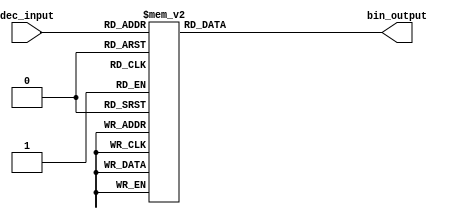
module decimal_to_binary_encoder (
    input  wire [3:0] dec_input,  // 4-bit decimal input (0 to 9)
    output reg  [3:0] bin_output   // 4-bit binary output
);

    always @(*) begin
        case (dec_input)
            4'b0000: bin_output = 4'b0000; // 0
            4'b0001: bin_output = 4'b0001; // 1
            4'b0010: bin_output = 4'b0010; // 2
            4'b0011: bin_output = 4'b0011; // 3
            4'b0100: bin_output = 4'b0100; // 4
            4'b0101: bin_output = 4'b0101; // 5
            4'b0110: bin_output = 4'b0110; // 6
            4'b0111: bin_output = 4'b0111; // 7
            4'b1000: bin_output = 4'b1000; // 8
            4'b1001: bin_output = 4'b1001; // 9
            default: bin_output = 4'b1111; // Error code for invalid input (10-15)
        endcase
    end

endmodule